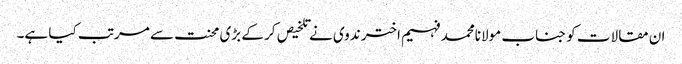
ان مقالات کو جناب مولانامحمد فہیم اختر ندوی نے تلخیص کر کے بڑی محنت سے مرتب کیا ہے۔